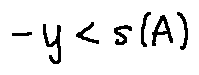
- y < s ( A )